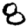
Digit: 8